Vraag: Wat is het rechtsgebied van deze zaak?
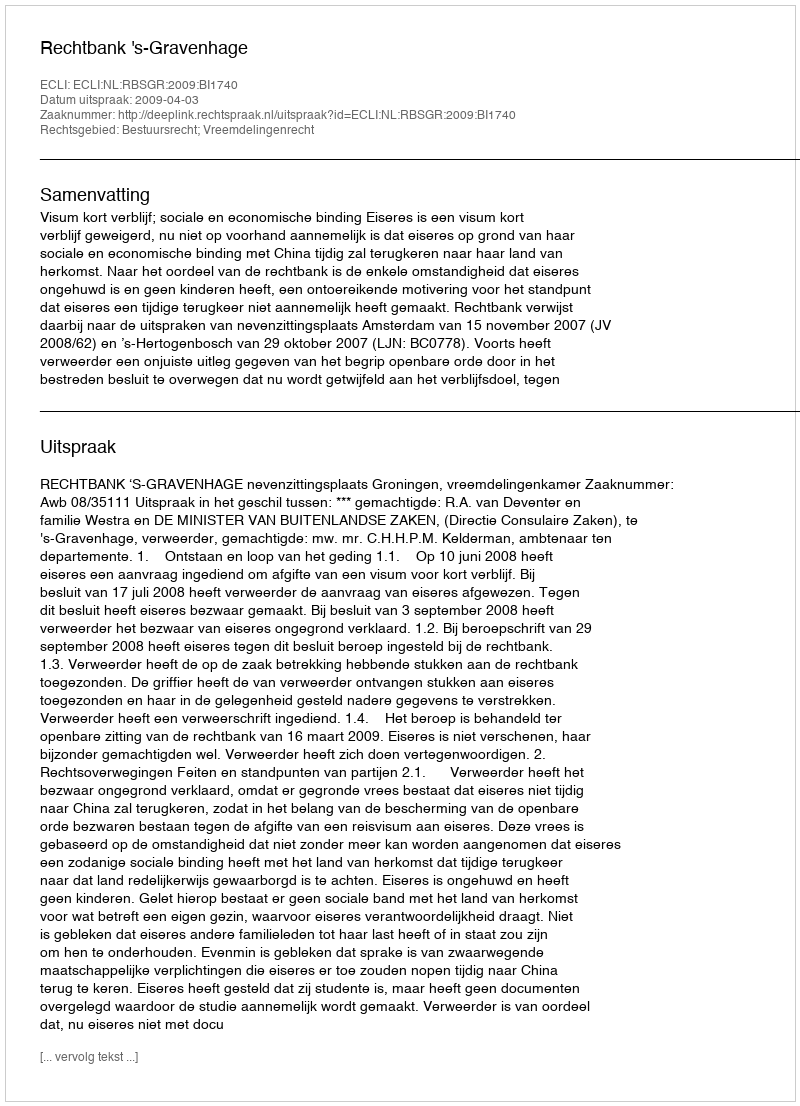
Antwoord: Bestuursrecht; Vreemdelingenrecht